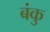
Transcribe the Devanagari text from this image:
बंकु